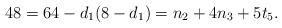
LaTeX: \begin{align*}48=64 - d_{1}(8-d_{1}) = n_{2}+4n_{3}+5t_{5}.\end{align*}